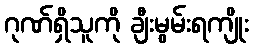
ဂုဏ်ရှိသူကို ချီးမွမ်းရကျိုး